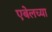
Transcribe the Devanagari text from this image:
एबेलच्या